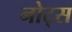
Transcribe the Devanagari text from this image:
नोट्‍स